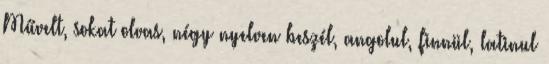
Művelt, sokat olvas, négy nyelven beszél, angolul, finnül, latinul